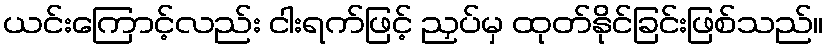
ယင်းကြောင့်လည်း ငါးရက်ဖြင့် ညှပ်မှ ထုတ်နိုင်ခြင်းဖြစ်သည်။